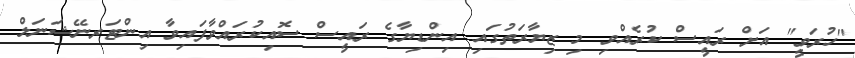
"ހުރަވީ" އަށް ރައީސް ކުރެއްވި މި ޒިޔާރަތުގައި އިންޑިޔާގެ ރައީސް ސޮއިކުރައްވާފައިވާ އިންޓަރނޭޝަނަލް